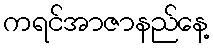
ကရင်အာဇာနည်နေ့